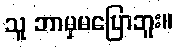
သူ ဘာမှမပြောဘူး။